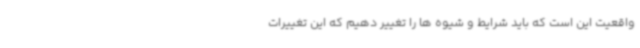
واقعیت این است که باید شرایط و شیوه‌ ها را تغییر دهیم که این تغییرات